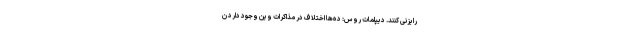
رایزنی کنند. دیپلمات روس: ده‌ها اختلاف در مذاکرات وین وجود دارد ن